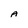
Character: A